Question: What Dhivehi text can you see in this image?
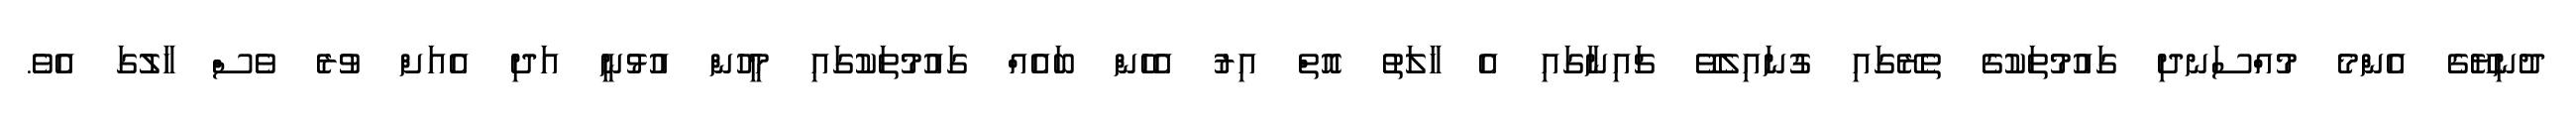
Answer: ދުނިޔޭގެ އެންމެ މުއްސަނދި ގައުމުތަކުގެ ތެރޭގައި ގުނައިލެވޭ ޗައިނާގައި އެ ހާލަތު އޮތް އިރު އެހެން ބައެއް ގައުމުތަކުގައި މީހުން އުޅުނީ އަދި އެއަށް ވުރެ ވެސް ހާލުގަ އެވެ.